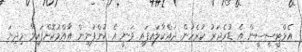
އެމްޓީސީސީން އެ ޑުރެޖަރު ކުރެހުން ދައްކާލައިފައި ވަނީ އެ ކުންފުނިން އާއްމުކޮށްފައިވާ މިދިޔަ